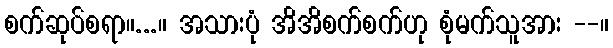
စက်ဆုပ်စရာ။...။ အသားပုံ အိအိစက်စက်ဟု စုံမက်သူအား --။